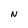
Character: N